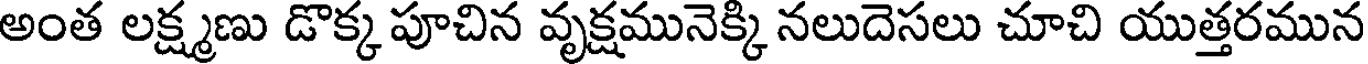
అంత లక్ష్మణు డొక్క పూచిన వృక్షమునెక్కి నలుదెసలు చూచి యుత్తరమున